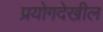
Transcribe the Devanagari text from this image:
प्रयोगदेखील